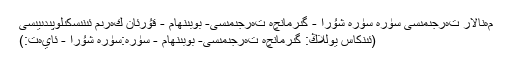
مەنالار تەرجىمىسى سۈرە سۈرە شۇرا - گىرمانچە تەرجىمىسى- بوبىنھام - قۇرئان كەرىم ئىنىسكىلوپىدىيىسى
(ئىنكاس يوللاڭ: گىرمانچە تەرجىمىسى- بوبىنھام - سۈرە:سۈرە شۇرا - ئايەت:)